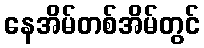
နေအိမ်တစ်အိမ်တွင်